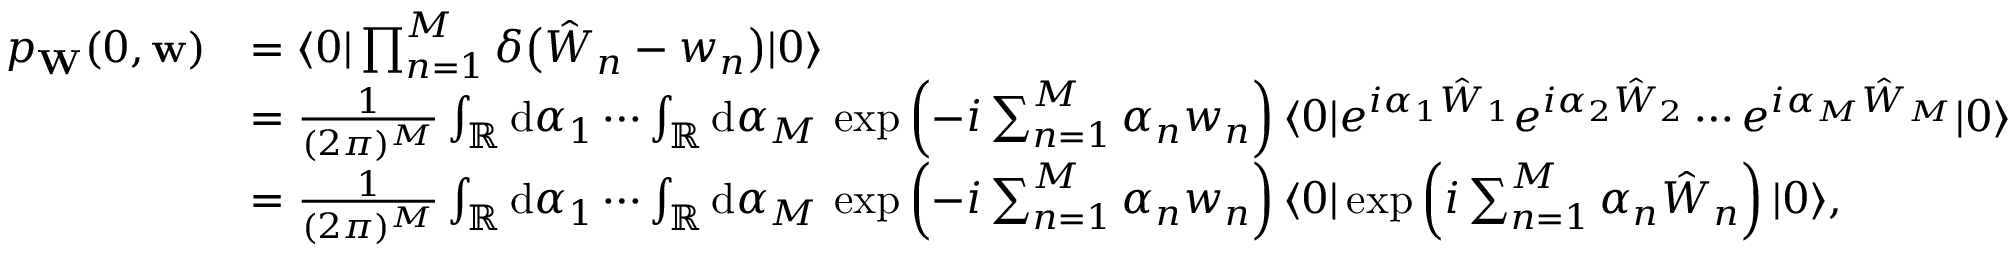
\begin{array} { r l } { p _ { \mathbf { W } } ( 0 , \mathbf { w } ) } & { = \langle 0 | \prod _ { n = 1 } ^ { M } \delta \bigl ( \hat { W } _ { n } - w _ { n } \bigr ) | 0 \rangle } \\ & { = \frac { 1 } { ( 2 \pi ) ^ { M } } \int _ { \mathbb { R } } \mathrm { d } \alpha _ { 1 } \cdots \int _ { \mathbb { R } } \mathrm { d } \alpha _ { M } \, \exp \left( - i \sum _ { n = 1 } ^ { M } \alpha _ { n } w _ { n } \right) \langle 0 | e ^ { i \alpha _ { 1 } \hat { W } _ { 1 } } e ^ { i \alpha _ { 2 } \hat { W } _ { 2 } } \cdots e ^ { i \alpha _ { M } \hat { W } _ { M } } | 0 \rangle } \\ & { = \frac { 1 } { ( 2 \pi ) ^ { M } } \int _ { \mathbb { R } } \mathrm { d } \alpha _ { 1 } \cdots \int _ { \mathbb { R } } \mathrm { d } \alpha _ { M } \, \exp \left( - i \sum _ { n = 1 } ^ { M } \alpha _ { n } w _ { n } \right) \langle 0 | \exp \left( i \sum _ { n = 1 } ^ { M } \alpha _ { n } \hat { W } _ { n } \right) | 0 \rangle , } \end{array}